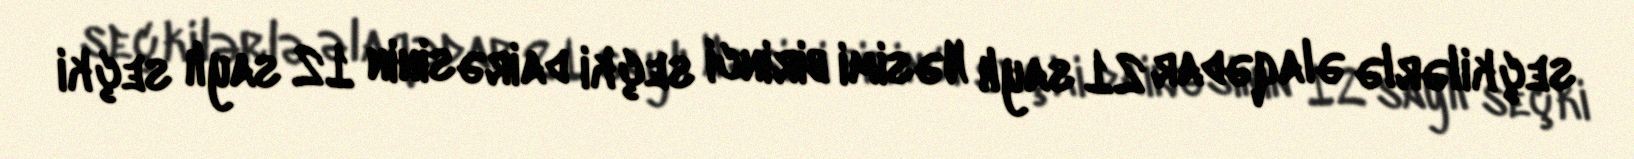
seçkilərlə əlaqədar 21 saylı Nəsimi birinci seçki dairəsinin 12 saylı seçki